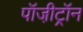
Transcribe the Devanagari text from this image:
पॉजी़ट्रॉन